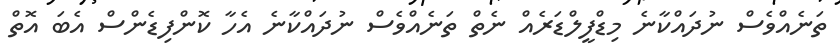
ތަނެއްވެސް ނުދައްކާނެ މިޑްފީލްޑަރެއް ނެތް ތަނެއްވެސް ނުދައްކާނެ އެހާ ކޮންފިޑެންސް އެބަ އޮތް